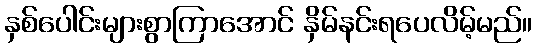
နှစ်ပေါင်းများစွာကြာအောင် နှိမ်နင်းရပေလိမ့်မည်။